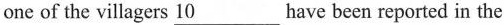
one of the villagers \underline{10} have been reported in the